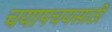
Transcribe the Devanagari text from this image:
चयापचयसाठी